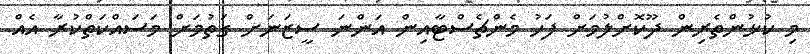
މި ކުޅުންތެރިން ދޫކޮށްލުމަށް ފަހު މެންޗެސްޓާއިން އަންނަ ސީޒަނަށް ގަތުމަށް މަސައްކަތްކުރާ އެއް